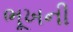
ભૂખની